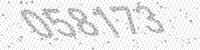
Solution: 058173